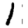
Digit: 1